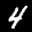
Label: 4